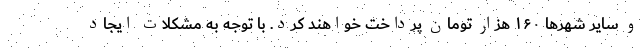
و سایر شهرها ۱۶۰ هزار تومان پرداخت خواهند کرد. با توجه به مشکلات ایجاد